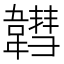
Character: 𩏚